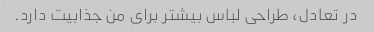
در تعادل، طراحی لباس بیشتر برای من جذابیت دارد.